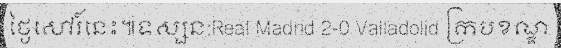
ថ្ងៃសៅរ៍នេះ៕ទស្សន:Real Madrid 2-0 Valladolid ក្របខណ្ឌ